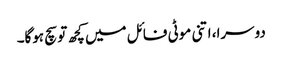
دوسرا، اتنی موٹی فائل میں کچھ تو سچ ہوگا۔